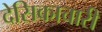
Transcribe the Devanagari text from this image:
देसिकाचारी